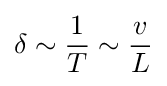
\delta \sim {\frac {1}{T}}\sim {\frac {v}{L}}